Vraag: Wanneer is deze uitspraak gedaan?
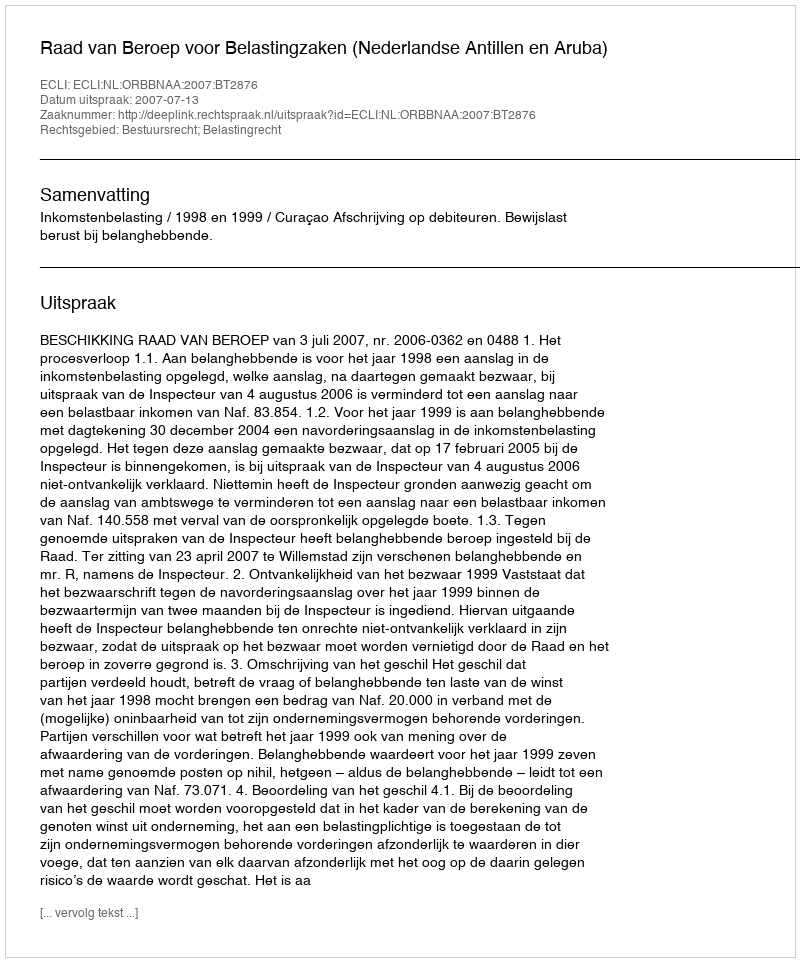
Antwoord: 2007-07-13